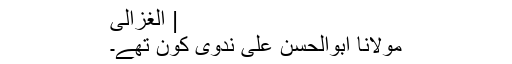
| الغزالی
مولانا ابوالحسن علی ندوی کون تھے۔